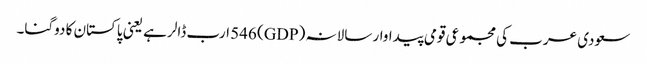
سعودی عرب کی مجموعی قومی پیداوار سالانہ (GDP) 546 ارب ڈالر ہے یعنی پاکستان کا دوگنا۔